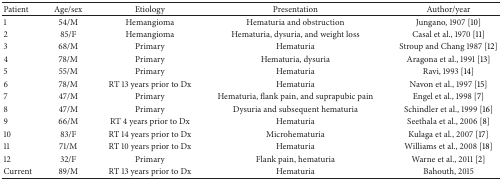
| Patient | Age/sex | Etiology | Presentation | Author/year |
 | --- | --- | --- | --- | --- |
 | 1 | 54/M | Hemangioma | Hematuria and obstruction | Jungano, 1907 [10] |
 | 2 | 85/F | Hemangioma | Hematuria, dysuria, and weight loss | Casal et al., 1970 [11] |
 | 3 | 68/M | Primary | Hematuria | Stroup and Chang 1987 [12] |
 | 4 | 78/M | Primary | Hematuria, dysuria | Aragona et al., 1991 [13] |
 | 5 | 55/M | Primary | Hematuria | Ravi, 1993 [14] |
 | 6 | 78/M | RT 13 years prior to Dx | Hematuria | Navon et al., 1997 [15] |
 | 7 | 47/M | Primary | Hematuria, flank pain, and suprapubic pain | Engel et al., 1998 [7] |
 | 8 | 47/M | Primary | Dysuria and subsequent hematuria | Schindler et al., 1999 [16] |
 | 9 | 66/M | RT 4 years prior to Dx | Hematuria | Seethala et al., 2006 [8] |
 | 10 | 83/F | RT 14 years prior to Dx | Microhematuria | Kulaga et al., 2007 [17] |
 | 11 | 71/M | RT 10 years prior to Dx | Hematuria | Williams et al., 2008 [18] |
 | 12 | 32/F | Primary | Flank pain, hematuria | Warne et al., 2011 [2] |
 | Current | 89/M | RT 13 years prior to Dx | Hematuria | Bahouth, 2015 |